King Institute of Preventive Medicine Micro-Biological Section reports 1909-11
Year: 1909
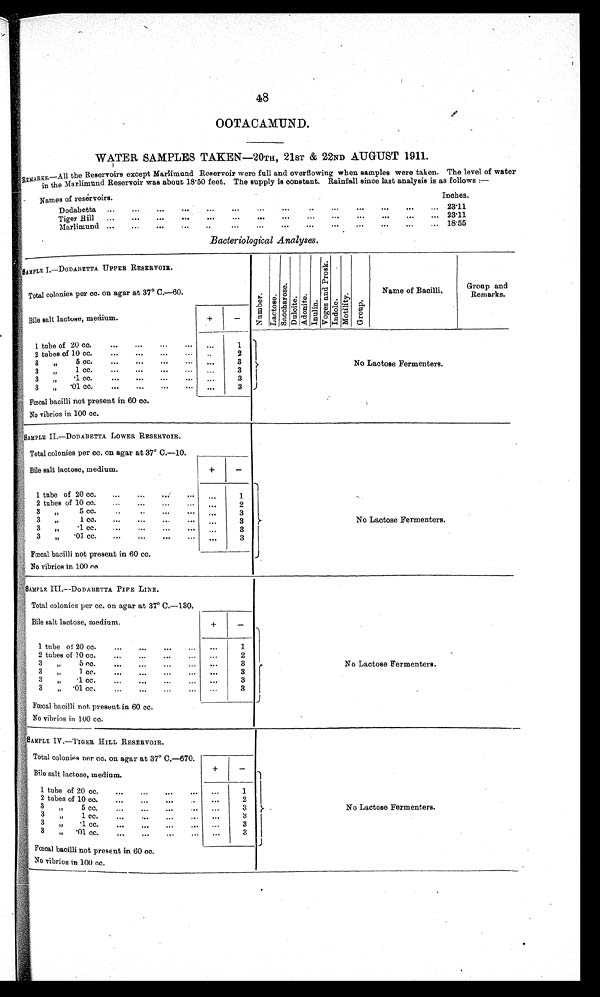
48
OOTACAMUND.
WATER SAMPLES TAKEN—20TH, 21ST & 22ND AUGUST 1911.
REMARKS.—All the Reservoirs except Marlimund Reservoir were full and overflowing when samples were taken. The level of water
in the Marlimund Reservoir was about 18.50 feet. The supply is constant. Rainfall since last analysis is as follows :—
Names of reservoirs.
Inches.
Dodabetta...
...
...
. . .
. . .
. . .
. . .
. . .
23.11
Tiger Hill. ...
...
...
...
...
...
. . .
. . .
23.11
Marlimund...
. . .
. . .
. . .
. . .
. . .
. . .
. . .
. . .
. . .
18.55
Bacteriological Analyses.
SAMPLE I.—DODABETTA UPPER RESERVOIR.
Nu mb e r .
L a c t o s e . S a c c h a r o s e . D u l c i t e . A d o n i t e . I n u l i n .
V o g e s a n d P r o s k .
I n d o l e .
M o t i l i t y .
G r o u p .
Name of Bacilli.
G r o u p a n d
Remarks.
Total colonies per cc. on agar at 37°C.—60.
Bile salt lactose, medium.
+
-
No Lactose Fermenters.
1 tube of 20 cc. ...
...
...
... ...
1
2 tubes of 10 cc...
...
. . .
..
2
3 „ 5 cc. ... ... ... ...
. . .
3
3 „ 1 cc.
...
...
. . .
3
3 „ .1 cc.
...
...
...
...
. . .
3
3 „ .01 cc...'... ... ...
...
3
Fœcal bacilli not present in 60 cc.
No vibrios in 100 cc.
SAMPLE II.—DODABETTA LOWER RESERVOIR.
No Lactose Fermenters.
Total colonies per cc. on agar at 37° C.—10.
Bile salt lactose, medium.
+
-
1 tube of 20 cc. ...
...
... ... . . .
1
2 tubes of 10 cc. ...
...
...
... ...
2
3 „ 5 cc.
..
..
...
...
. . .
3
3 „ 1 cc.
...
3
3 „ .1 cc. ...
...
...
...
. . .
3
3.„ .01 cc. ...
. . .
3
Fœcal bacilli not present in 60 cc.
No vibrios in 100 cc.
SAMPLE III.—DODABETTA PIPE LINE.
No Lactose Fermenters.
Total colonies per cc. on agar at 37° C.—130.
Bile salt lactose, medium.
+
-
1 tube of 20 cc. ...
... 1
2 tubes of 10 cc. ... ... ... ...
2
3 „ 5 cc.
... ...
...
...
. . . 3
3 „ 1 cc.
...
... ...
...
. . .
3
3 „ .1 cc.
...
...
...
. . .
. . . 3
3 „ .01 cc.
...
... ...
... ...
3
Fœcal bacilli not present in 60 cc.
No vibrios in 100 cc.
SAMPLE IV.—TIGER HILL RESERVOIR.
No Lactose Fermenters.
Total colonies per cc. on agar at 37° C.—670.
Bile salt lactose, medium.
+
-
1 tube of 20 cc.
...
...
...
. . .
1
2 tubes of 10 cc.
...
...
...
...
. . .
2
3 „ 5 cc. ... ... ...
. . .
3
3 „ 1 cc.
..
...
...
... . . .
3
3 „ .1 cc.
...
...
...
... . . .
3
3 „ .01 cc.
...
...
...
... . . .
3
Fœcal bacilli not present in 60 cc.
No vibrios in 100 cc.